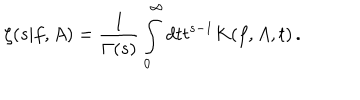
\zeta ( s | f , A ) = \frac 1 { \Gamma ( s ) } \int _ { 0 } ^ { \infty } d t t ^ { s - 1 } K ( f , A , t ) \, .